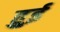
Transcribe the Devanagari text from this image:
हुुई